Annual report of the Imperial Bacteriological Laboratory, Muktesar
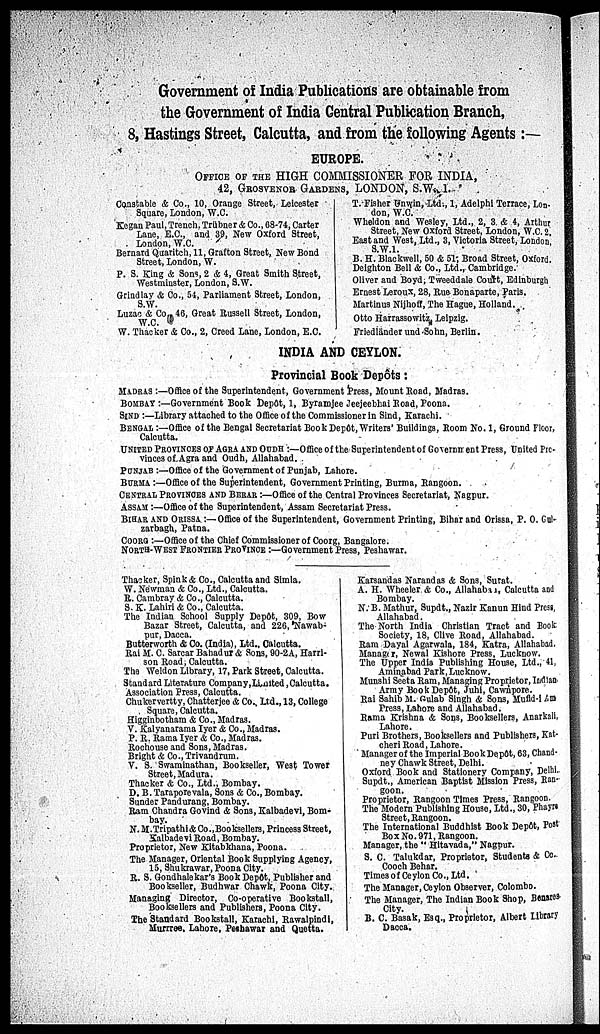
Government of India Publications are obtainable from
the Government of India Central Publication Branch,
8, Hastings Street, Calcutta, and from the following Agents :—
EUROPE.
OFFICE OF THE HIGH COMMISSIONER FOR INDIA,
42, GROSVENOR GARDENS, LONDON, S.W. 1.
Constable & Co., 10, Orange Street, Leicester
Square, London, W.C.
Kegan Paul, Trench, Trübner & Co., 68-74, Carter
Lane, E.C., and 39, New Oxford Street,
London, W.C.
Bernard Quaritch, 11, Grafton Street, New Bond
Street, London, W.
P. S. King & Sons, 2 & 4, Great Smith Street,
Westminster, London, S.W.
Grindlay & Co., 54, Parliament Street, London,
S.W.
Luzac & Co., 46, Great Russell Street, London,
W.C.
W. Thacker & Co., 2, Creed Lane, London, E.C.
T. Fisher Unwin, Ltd., 1, Adelphi Terrace, Lon-
don, W.C.
Wheldon and Wesley, Ltd., 2, 3 & 4, Arthur
Street, New Oxford Street, London, W.C. 2.
East and West, Ltd., 3, Victoria Street, London,
S..W1.
B. H. Blackwell, 50 & 51; Broad Street, Oxford.
Deighton Bell & Co., Ltd., Cambridge.
Oliver and Boyd; Tweeddale Court, Edinburgh
Ernest Leroux, 28, Rue Bonaparte, Paris.
Martinus Nijhoff, The Hague, Holland.
Otto Harrassowitz Leipzig.
Friedländer und Sohn, Berlin.
INDIA AND CEYLON.
Provincial Book Depôts :
MADRAS :—Office of the Superintendent, Government Press, Mount Road, Madras.
BOMBAY :—Government Book Depôt, 1, Byramjee Jeejeebhai Road, Poona.
SIND :—Library attached to the Office of the Commissioner in Sind, Karachi.
BENGAL :—Office of the Bengal Secretariat Book Depôt, Writers' Buildings, Room No. 1, Ground Floor,
Calcutta.
UNITED PROVINCES OF AGRA AND OUDH :—Office of the Superintendent of Government Press, United Pro-
vinces of Agra and Oudh, Allahabad.
PUNJAB :—Office of the Government of Punjab, Lahore.
BURMA :—Office of the Superintendent, Government Printing, Burma, Rangoon.
CENTRAL PROVINCES AND BERAR :—Office of the Central Provinces Secretariat, Nagpur.
ASSAM :—Office of the Superintendent, Assam Secretariat Press.
BIHAR AND ORISSA :— Office of the Superintendent, Government Printing, Bihar and Orissa, P. O. Gul-
zarbagh, Patna.
COORG :—Office of the Chief Commissioner of Coorg, Bangalore.
NORTH-WEST FRONTIER PROVINCE :—Government Press, Peshawar.
Thacker, Spink & Co., Calcutta and Simla.
W. Newman & Co., Ltd., Calcutta.
R. Cambray & Co., Calcutta.
S. K. Lahiri & Co., Calcutta.
The Indian School Supply Depôt, 309, Bow
Bazar Street, Calcutta, and 226, Nawab-
pur, Dacca.
Butterworth & Co. (India), Ltd., Calcutta.
Rai M. C. Sarcar Bahadur & Sons, 90-2A, Harri-
son Road; Calcutta.
The Weldon Library, 17, Park Street, Calcutta.
Standard Literature Company,Limited ,Calcutta.
Association Press, Calcutta.
Chukervertty, Chatterjee & Co., Ltd., 13, College
Square, Calcutta.
Higginbotham & Co., Madras.
V. Kalyanarama Iyer & Co., Madras.
P. R. Rama Iyer & Co., Madras.
Rochouse and Sons, Madras.
Bright & Co., Trivandrum.
V. S. Swaminathan, Bookseller, West Tower
Street, Madura.
Thacker & Co., Ltd., Bombay.
D. B. Taraporevala, Sons & Co., Bombay.
Sunder Pandurang, Bombay.
Ram Chandra Govind & Sons, Kalbadevi, Bom-
bay.
N.M.Tripathi & Co., Booksellers, Princess Street,
Kalbadevi Road, Bombay.
Proprietor, New Kitabkhana, Poona.
The Manager, Oriental Book Supplying Agency,
15, Shukrawar, Poona City.
R. S. Gondhalekar's Book Depôt, Publisher and
Bookseller, Budhwar Chawk, Poona City.
Managing Director, Co-operative Bookstall,
Booksellers and Publishers, Poona City.
The Standard Bookstall, Karachi, Rawalpindi,
Murrree, Lahore, Peshawar and Quetta.
Karsandas Narandas & Sons, Surat.
A. H. Wheeler. & Co., Allahabad, Calcutta and
Bombay.
N. B. Mathur, Supdt., Nazir Kanun Hind Press,
Allahabad.
The North India Christian Tract and Book
Society, 18, Clive Road, Allahabad.
Ram Dayal Agarwala, 184, Katra, Allahabad.
Manager, Newal Kishore Press, Lucknow.
The Upper India Publishing House, Ltd., 41,
Aminabad Park,Lucknow.
Munshi Seeta Ram, Managing Proprietor, Indian
Army Book Depôt, Juhi, Cawnpore.
Rai Sahib M.Gulab Singh & Sons, Mufid-i-Am
Press, Lahore and Allahabad.
Rama Krishna & Sons, Booksellers, Anarkali,
Lahore.
Purl Brothers, Booksellers and Publishers, Kat-
cheri Road, Lahore.
Manager of the Imperial Book Depôt, 63, Chand-
ney Chawk Street, Delhi.
Oxford Book and Stationery Company, Delhi.
Supdt., American Baptist Mission Press, Ran-
goon.
Proprietor, Rangoon Times Press, Rangoon.
The Modern Publishing House, Ltd., 30, Phayrs
Street, Rangoon.
The International Buddhist Book Depôt, Post
Box No. 971, Rangoon.
Manager, the " Hitavada," Nagpur.
S. C. Talukdar, Proprietor, Students & Co..
Cooch Behar.
Times of Ceylon Co., Ltd.
The Manager, Ceylon Observer, Colombo.
The Manager, The Indian Book Shop, Benares
City.
B. C. Basak, Esq., Proprietor, Albert Library
Dacca.